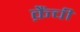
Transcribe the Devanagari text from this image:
क़ैंची